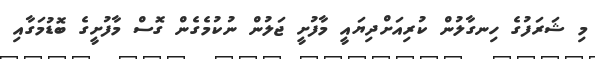
މި ޝަރަފުގެ ހިނގާލުން ކުރިއަށްދިޔައީ މާފުށީ ޖަލުން ނުކުމެގެން ގޮސް މާފުށީގެ ބޮޑުމަގާއި